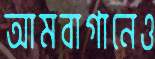
আমবাগানেও